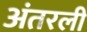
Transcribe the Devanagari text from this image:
अंतरली